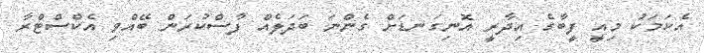
އެކަމަކު މިއީ ފީބާގެ އިދާރީ އޮނިގަނޑަށް ގެންނަ ބަދަލެއް ފާސްކުރަން ބޭއްވި އެކްސްޓްރާ